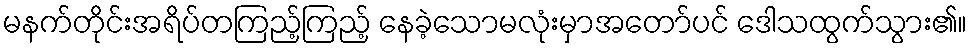
မနက်တိုင်းအရိပ်တကြည့်ကြည့် နေခဲ့သောမလုံးမှာအတော်ပင် ဒေါသထွက်သွား၏။